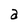
Character: a